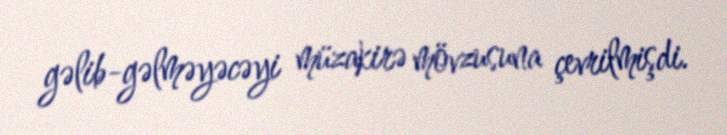
gəlib-gəlməyəcəyi müzakirə mövzusuna çevrilmişdi.